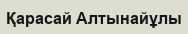
Қарасай Алтынайұлы